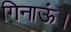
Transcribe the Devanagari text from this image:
गिनाऊं।